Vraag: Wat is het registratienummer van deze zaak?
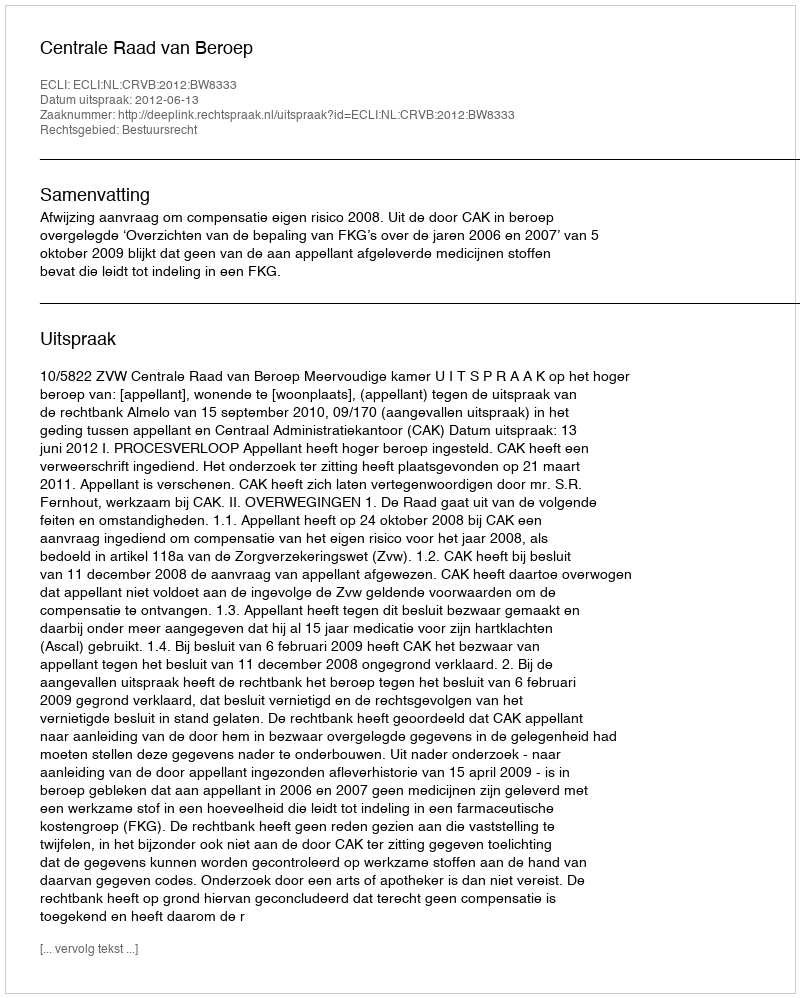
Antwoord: http://deeplink.rechtspraak.nl/uitspraak?id=ECLI:NL:CRVB:2012:BW8333